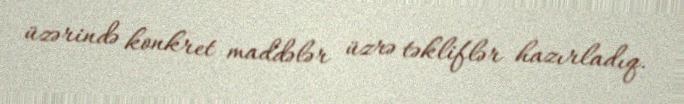
üzərində konkret maddələr üzrə təkliflər hazırladıq.